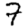
Digit: 7